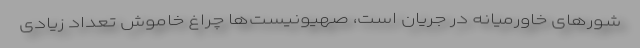
شورهای خاورمیانه در جریان است، صهیونیست‌ها چراغ خاموش تعداد زیادی